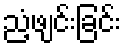
ညံ့ဖျင်းခြင်း